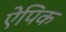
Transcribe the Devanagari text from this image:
ऐपिक